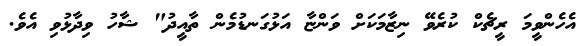
އެހެންވީމަ ރީޗެކް ކުރެވޭ ނިޒާމަކަށް ވަންޏާ އަޅުގަނޑުމެން ތާއީދު" ޝާހު ވިދާޅުވި އެވެ.